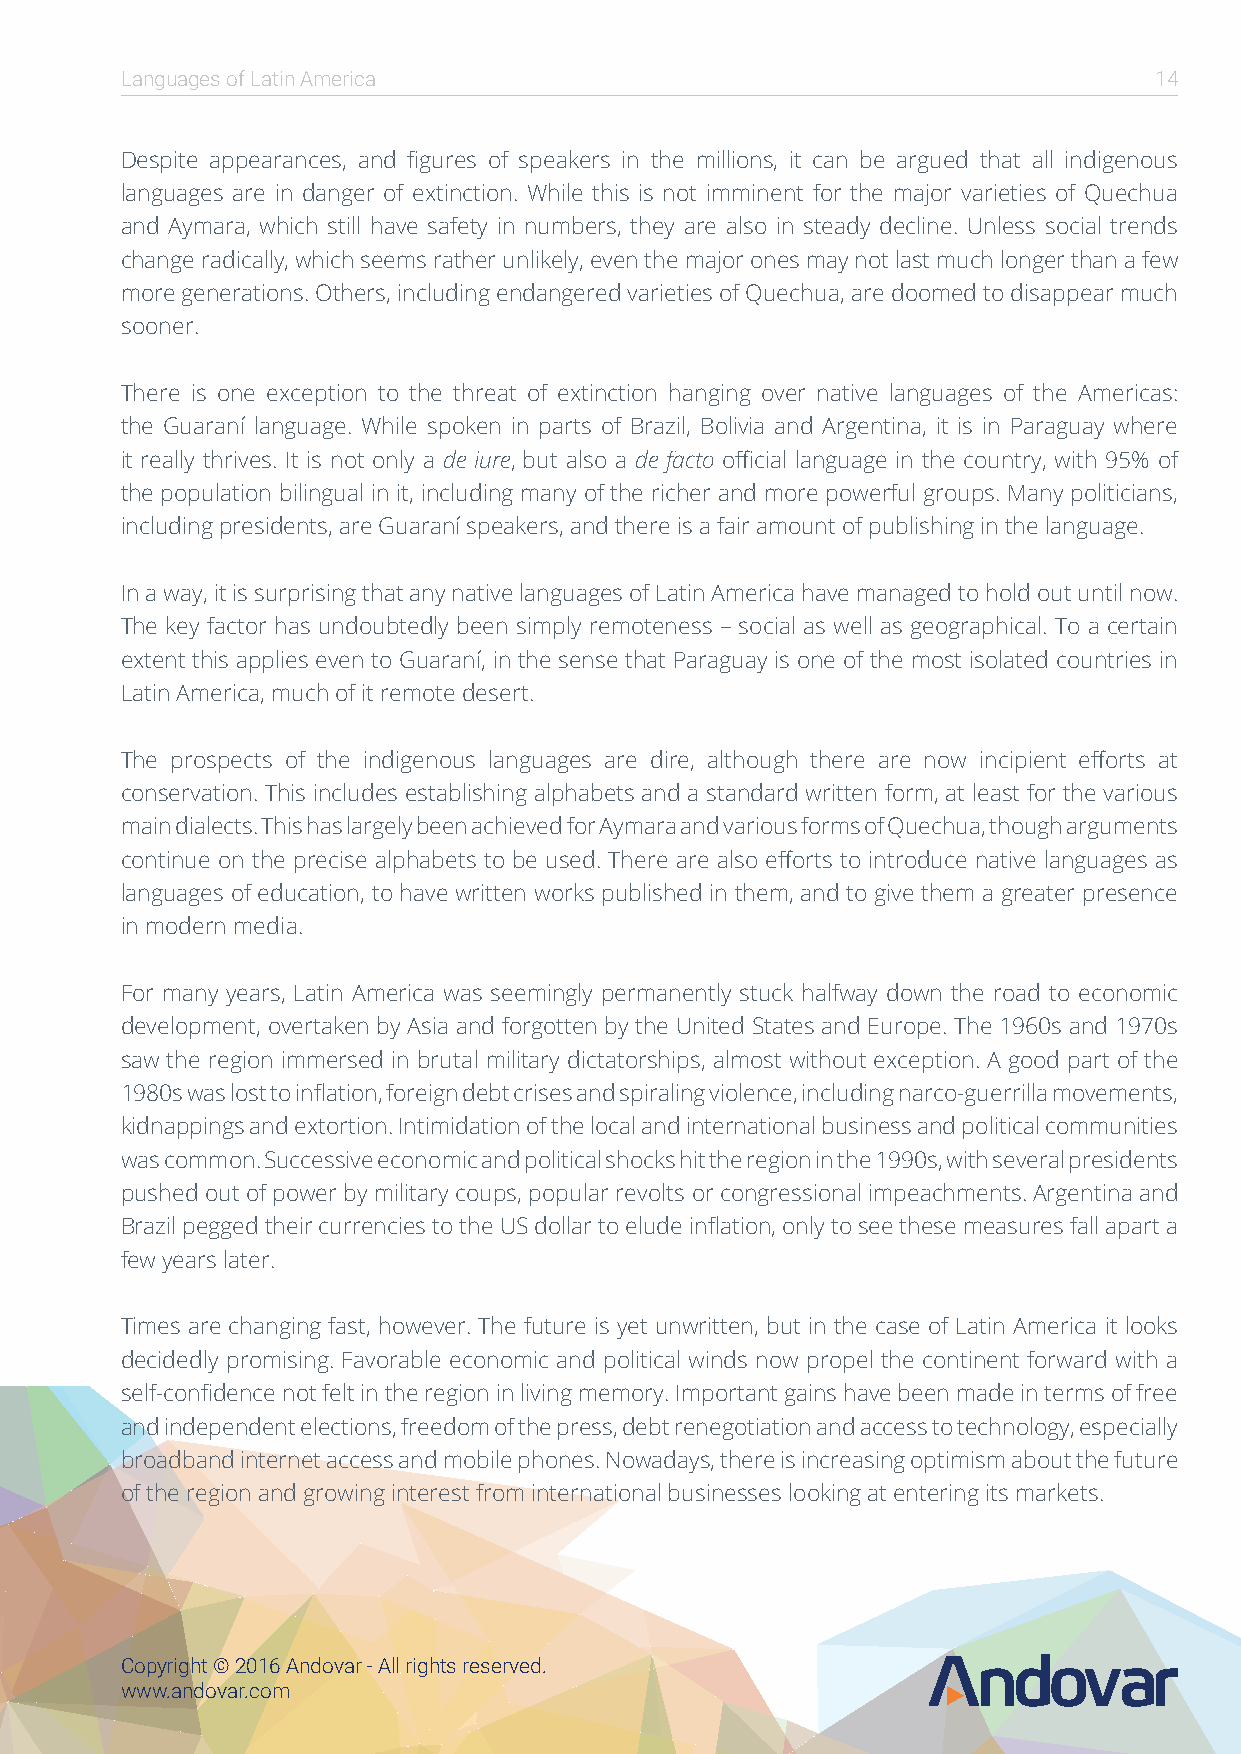
Languages of Latin America                                          14
 Despite appearances, and figures of speakers in the millions, it can be argued that all indigenous
 languages are in danger of extinction. While this is not imminent for the major varieties of Quechua
 and Aymara, which still have safety in numbers, they are also in steady decline. Unless social trends
 change radically, which seems rather unlikely, even the major ones may not last much longer than a few
 more generations. Others, including endangered varieties of Quechua, are doomed to disappear much
 sooner.
 There is one exception to the threat of extinction hanging over native languages of the Americas:
 the Guaraní language. While spoken in parts of Brazil, Bolivia and Argentina, it is in Paraguay where
 it really thrives. It is not only a de iure, but also a de facto official language in the country, with 95% of
 the population bilingual in it, including many of the richer and more powerful groups. Many politicians,
 including presidents, are Guaraní speakers, and there is a fair amount of publishing in the language.
 In a way, it is surprising that any native languages of Latin America have managed to hold out until now.
 The key factor has undoubtedly been simply remoteness – social as well as geographical. To a certain
 extent this applies even to Guaraní, in the sense that Paraguay is one of the most isolated countries in
 Latin America, much of it remote desert.
 The prospects of the indigenous languages are dire, although there are now incipient efforts at
 conservation. This includes establishing alphabets and a standard written form, at least for the various
 main dialects. This has largely been achieved for Aymara and various forms of Quechua, though arguments
 continue on the precise alphabets to be used. There are also efforts to introduce native languages as
 languages of education, to have written works published in them, and to give them a greater presence
 in modern media.
 For many years, Latin America was seemingly permanently stuck halfway down the road to economic
 development, overtaken by Asia and forgotten by the United States and Europe. The 1960s and 1970s
 saw the region immersed in brutal military dictatorships, almost without exception. A good part of the
 1980s was lost to inflation, foreign debt crises and spiraling violence, including narco-guerrilla movements,
 kidnappings and extortion. Intimidation of the local and international business and political communities
 was common. Successive economic and political shocks hit the region in the 1990s, with several presidents
 pushed out of power by military coups, popular revolts or congressional impeachments. Argentina and
 Brazil pegged their currencies to the US dollar to elude inflation, only to see these measures fall apart a
 few years later.
 Times are changing fast, however. The future is yet unwritten, but in the case of Latin America it looks
 decidedly promising. Favorable economic and political winds now propel the continent forward with a
 self-confidence not felt in the region in living memory. Important gains have been made in terms of free
 and independent elections, freedom of the press, debt renegotiation and access to technology, especially
 broadband internet access and mobile phones. Nowadays, there is increasing optimism about the future
 of the region and growing interest from international businesses looking at entering its markets.
 Copyright © 2016 Andovar - All rights reserved.
 www.andovar.com